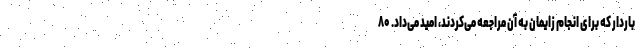
باردار که برای انجام زایمان به آن مراجعه می‌کردند، امید می‌داد. ۸۰